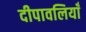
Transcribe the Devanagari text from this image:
दीपावलियाँ